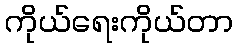
ကိုယ်ရေးကိုယ်တာ